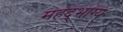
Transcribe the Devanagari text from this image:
महद्‌भाग्य